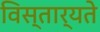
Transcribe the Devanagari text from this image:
विस्तार्यते